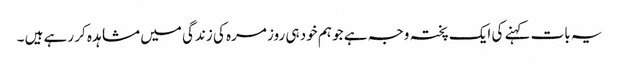
یہ بات کہنے کی ایک پختہ وجہ ہے جو ہم خود ہی روز مرہ کی زندگی میں مشاہدہ کر رہے ہیں ۔